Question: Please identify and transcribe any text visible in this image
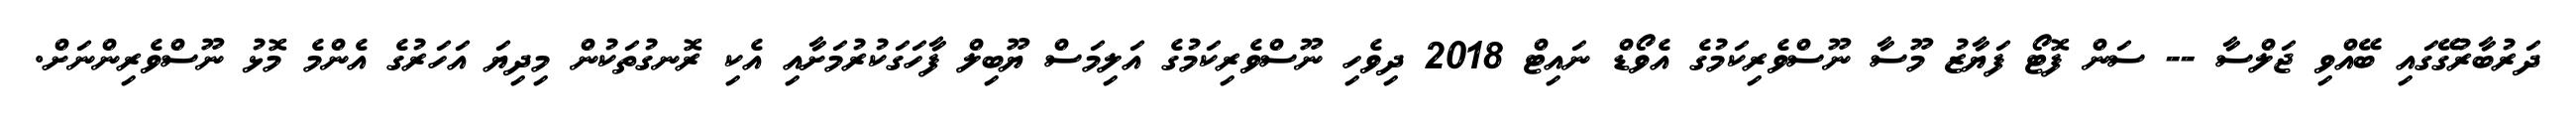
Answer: ދަރުބާރުގޭގައި ބޭއްވި ޖަލްސާ -- ސަން ފޮޓޯ ފަޔާޒު މޫސާ ނޫސްވެރިކަމުގެ އެވޯޑް ނައިޓް 2018 ދިވެހި ނޫސްވެރިކަމުގެ އަލިމަސް ޔޫބިލް ފާހަގަކުރުމަށާއި އެކި ރޮނގުތަކުން މިދިޔަ އަހަރުގެ އެންމެ މޮޅު ނޫސްވެރިންނަށް.